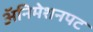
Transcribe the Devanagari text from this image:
अॅनिमेशनपट